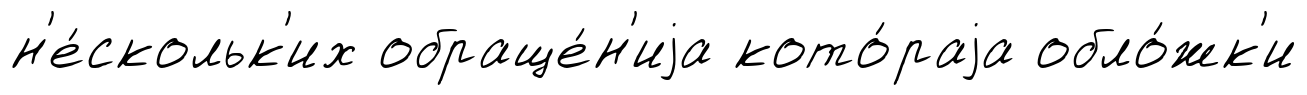
н'е́скольк'их обраще́н'иjа кото́раjа обло́жк'и